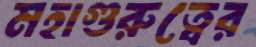
মহাগুরুত্বের